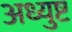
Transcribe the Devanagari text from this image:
अध्युष्ट